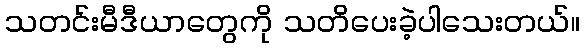
သတင်းမီဒီယာတွေကို သတိပေးခဲ့ပါသေးတယ်။